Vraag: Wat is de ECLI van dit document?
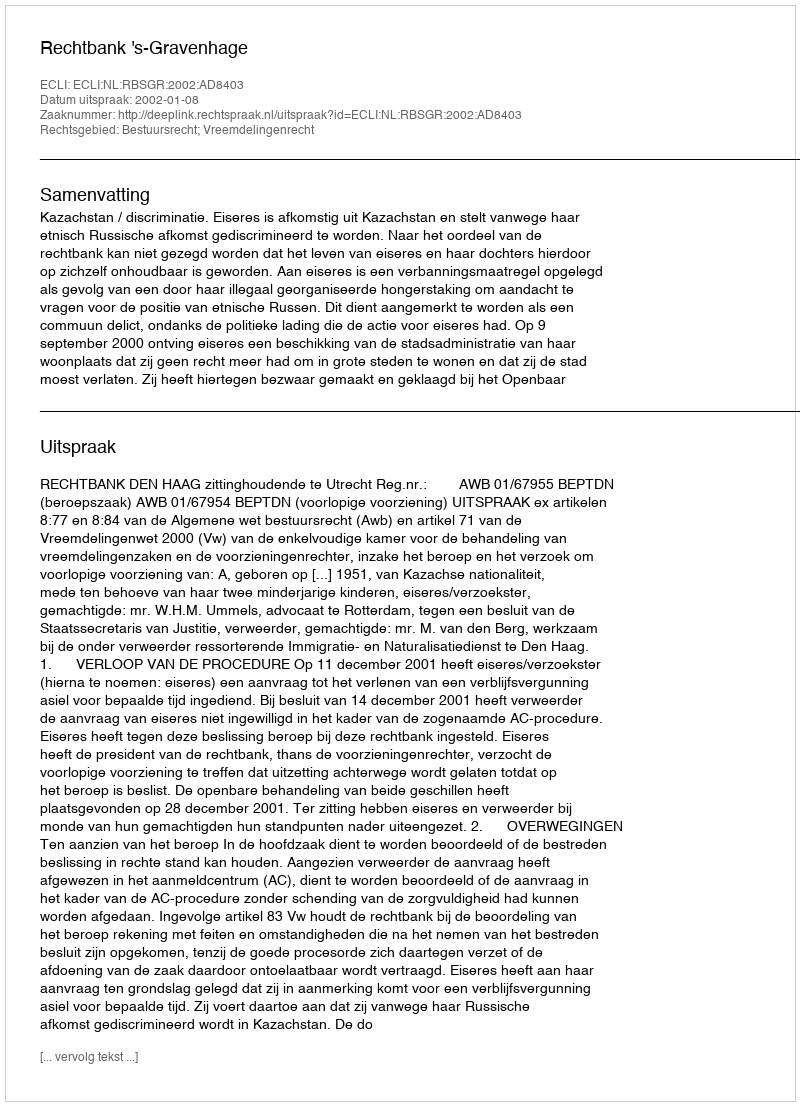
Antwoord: ECLI:NL:RBSGR:2002:AD8403